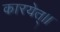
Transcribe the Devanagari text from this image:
कारयेत्।।